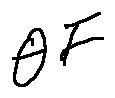
\theta F